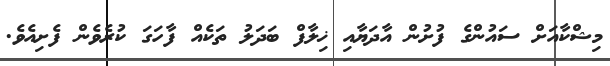
މިޝްކާއަށް ސައުންގެ ފުށުން އާދަޔާއި ޚިލާފް ބަދަލު ތަކެއް ފާހަގަ ކުރެވެން ފެށިއެވެ.